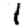
Digit: 1